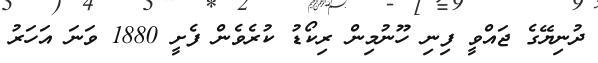
ދުނިޔޭގެ ޖައްވީ ފިނި ހޫނުމިން ރިކޯޑު ކުރެވެން ފެށީ 1880 ވަނަ އަހަރު